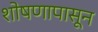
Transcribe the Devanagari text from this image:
शोषणापासून